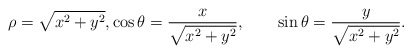
\begin{align*}\rho=\sqrt{x^2+y^2},\cos\theta=\frac{x}{\sqrt{x^2+y^2}},\qquad\sin\theta=\frac{y}{\sqrt{x^2+y^2}}.\end{align*}